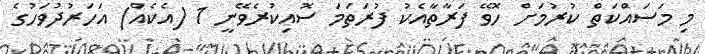
މި މަސައްކަތް ކުރުމަށް ހޮވޭ ފަރާތާއެކު ފުރަތަމަ ސޮއިކުރެވޭނީ 1 (އެކެއް) އަހަރުދުވަހުގެ